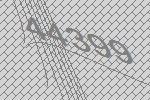
44399